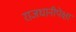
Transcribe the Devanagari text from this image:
राजधानीपेक्षा